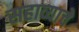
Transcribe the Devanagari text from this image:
सहाव्याचे